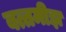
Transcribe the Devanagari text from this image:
बत्तमीझ